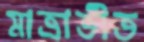
মাত্রাতীত